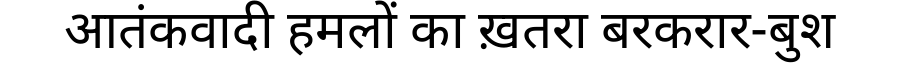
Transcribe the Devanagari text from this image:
आतंकवादी हमलों का ख़तरा बरकरार-बुश